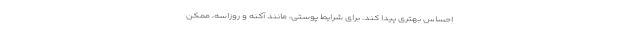
احساس بهتری پیدا کند. برای شرایط پوستی، مانند آکنه و روزاسه، ممکن